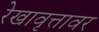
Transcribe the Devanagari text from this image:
रेखावृत्तावर